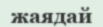
жаядай